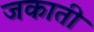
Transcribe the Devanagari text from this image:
जकाती